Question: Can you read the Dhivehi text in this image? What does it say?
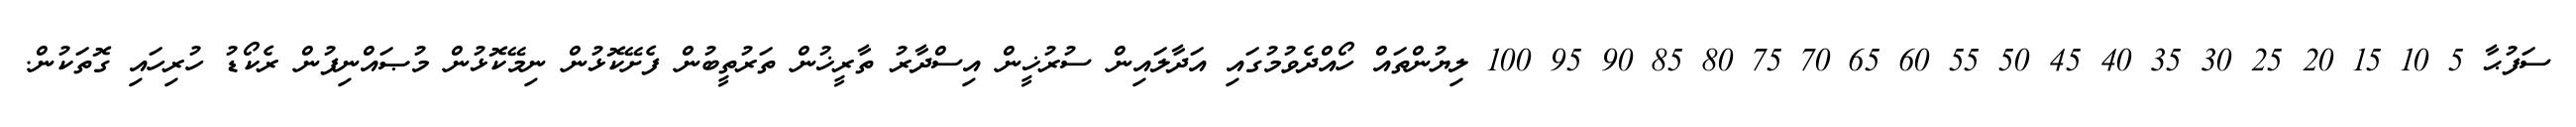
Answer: ސަފުޙާ 5 10 15 20 25 30 35 40 45 50 55 60 65 70 75 80 85 90 95 100 ލިޔުންތައް ހޯއްދެވުމުގައި އަދާލައިން ސުރުޚީން އިސްދާރު ތާރީޚުން ތަރުތީބުން ފެށޭކޮޅުން ނިމޭކޮޅުން މުޞައްނިފުން ރެކޯޑު ހުރިހައި ގޮތަކުން.